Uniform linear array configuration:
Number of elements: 24
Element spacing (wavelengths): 1
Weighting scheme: hann
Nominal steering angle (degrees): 60
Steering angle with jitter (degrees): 61.079
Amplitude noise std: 0.05
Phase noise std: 0.05

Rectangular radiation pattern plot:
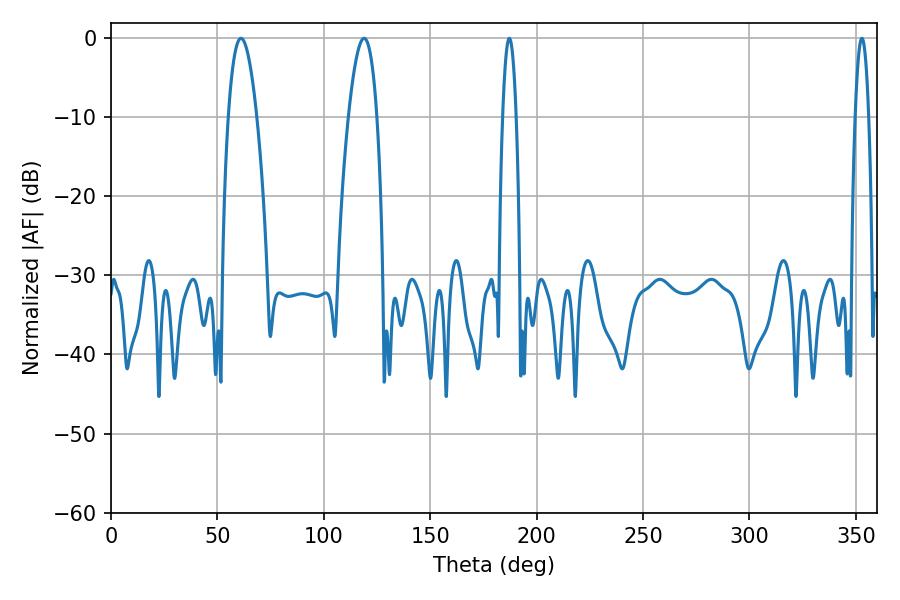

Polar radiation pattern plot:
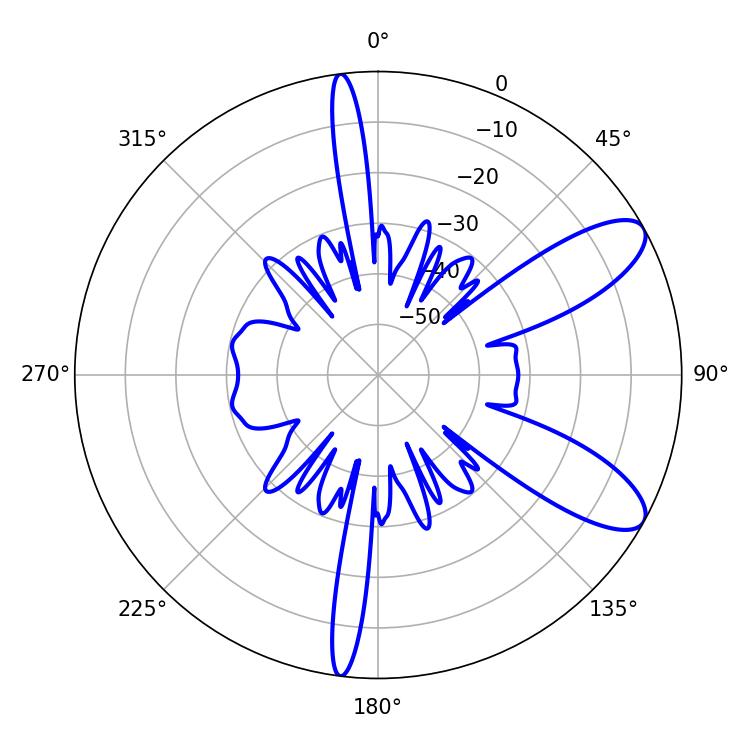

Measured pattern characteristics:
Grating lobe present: TRUE
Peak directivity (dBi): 9.465
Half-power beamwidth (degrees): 7.38
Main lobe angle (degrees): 61.02